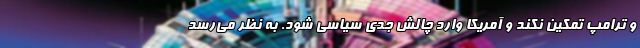
و ترامپ تمکین نکند و آمریکا وارد چالش جدی سیاسی شود. به نظر می‌رسد